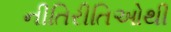
નીતિરીતિઓથી